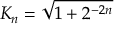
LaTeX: K _ { n } = { \sqrt { 1 + 2 ^ { - 2 n } } }